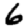
Digit: 6